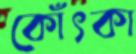
কোঁৎকা